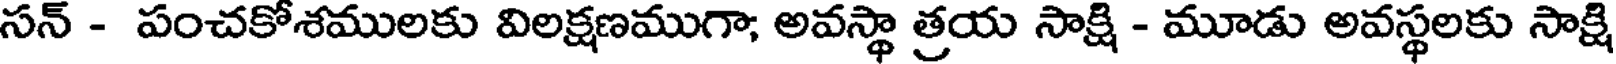
సన్ - పంచకోశములకు విలక్షణముగా; అవస్థా త్రయ సాక్షి - మూడు అవస్థలకు సాక్షి